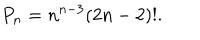
P _ { n } = n ^ { n - 3 } ( 2 n - 2 ) ! .